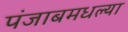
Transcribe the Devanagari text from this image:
पंजाबमधल्या